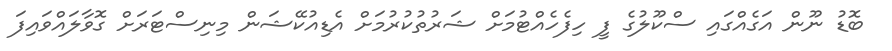
ބޮޑު ނޫން އަގެއްގައި ސްކޫލުގެ ފީ ހިފެހެއްޓުމަށް ޝަރުތުކުރުމަށް އެޑިއުކޭޝަން މިނިސްޓަރަށް ގޮވާލައްވައިފަ